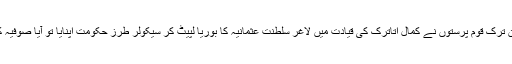
پہلی عالمی جنگ کے بعد جب نوجوان ترک قوم پرستوں نے کمال اتاترک کی قیادت میں لاغر سلطنت عثمانیہ کا بوریا لپیٹ کر سیکولر طرز حکومت اپنایا تو آیا صوفیہ کو مسجد سے میوزیم میں بدل دیا گیا۔